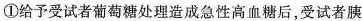
①给予受试者葡萄糖处理造成急性高血糖后，受试者胰